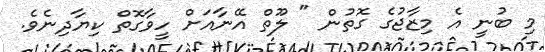
މި ބުނީ އެ މިޒާޖުގެ ގޮތުން " ލޫތް އޭނާއަށް ހީވާގޮތް ކިޔާދިނެވެ.